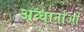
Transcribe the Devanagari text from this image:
अव्धार्नाओं